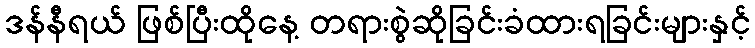
ဒန်နီရယ် ဖြစ်ပြီးထိုနေ့ တရားစွဲဆိုခြင်းခံထားရခြင်းများနှင့်